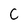
Character: C